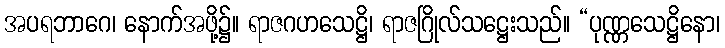
အပရဘာဂေ၊ နောက်အဖို့၌။ ရာဇဂဟသေဋ္ဌိ၊ ရာဇဂြိုလ်သဋ္ဌေးသည်။ “ပုဏ္ဏသေဋ္ဌိနော၊